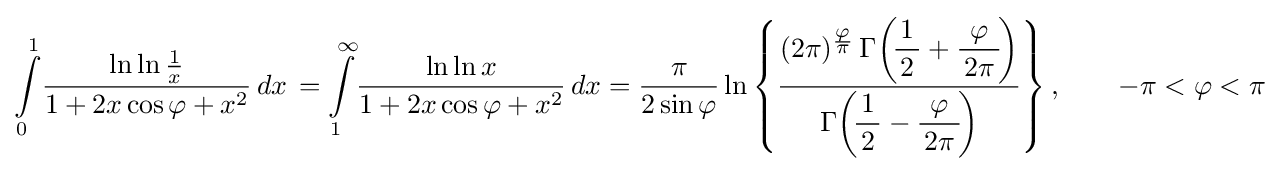
\int \limits _{0}^{1}\!{\frac {\ln \ln {\frac {1}{x}}}{1+2x\cos \varphi +x^{2}}}\,dx\,=\int \limits _{1}^{\infty }\!{\frac {\ln \ln {x}}{1+2x\cos \varphi +x^{2}}}\,dx={\frac {\pi }{2\sin \varphi }}\ln \left\{{\frac {(2\pi )^{\frac {\scriptstyle \varphi }{\scriptstyle \pi }}\,\Gamma \!\left(\!\displaystyle {\frac {1}{\,2\,}}+{\frac {\varphi }{\,2\pi \,}}\!\right)}{\Gamma \!\left(\!\displaystyle {\frac {1}{\,2\,}}-{\frac {\varphi }{\,2\pi \,}}\!\right)}}\right\},\qquad -\pi <\varphi <\pi